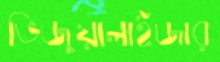
ভিজুয়ালাইজার